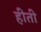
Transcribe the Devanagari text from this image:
हीती